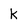
Character: k